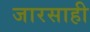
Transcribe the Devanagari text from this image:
जारसाही